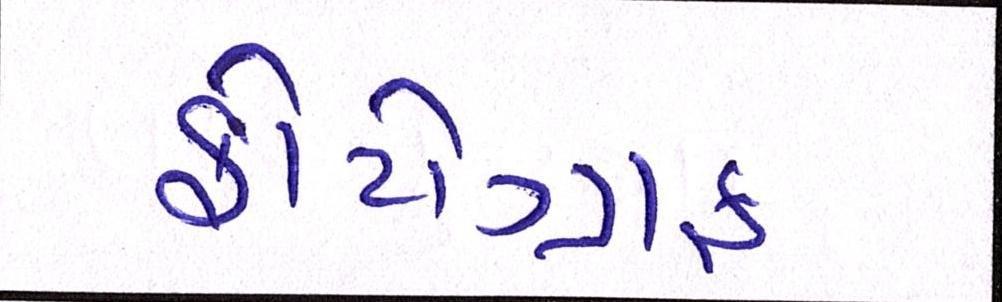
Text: ફોટોગ્રાફ